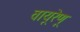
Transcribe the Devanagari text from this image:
वायूरेणू